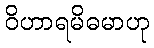
ဝိဟာရမိဓမာဟု